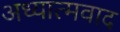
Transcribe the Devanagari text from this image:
अध्‍यात्‍मवाद